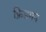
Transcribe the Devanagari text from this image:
फ्रिडमन